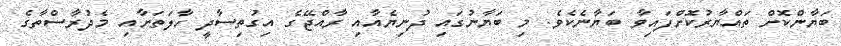
ބަޔާންކޮށް ތައްޔާރުކޮށްފައިވާ ބަޔާނެކެވެ. މި ބަޔާނުގައި ދުނިޔެއާއި ރާއްޖޭގެ އިގުތިސާދީ ހާލަތަށާއި މެދުރާސްތާގެ